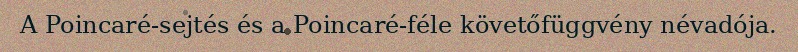
A Poincaré-sejtés és a Poincaré-féle követőfüggvény névadója.